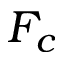
F _ { c }